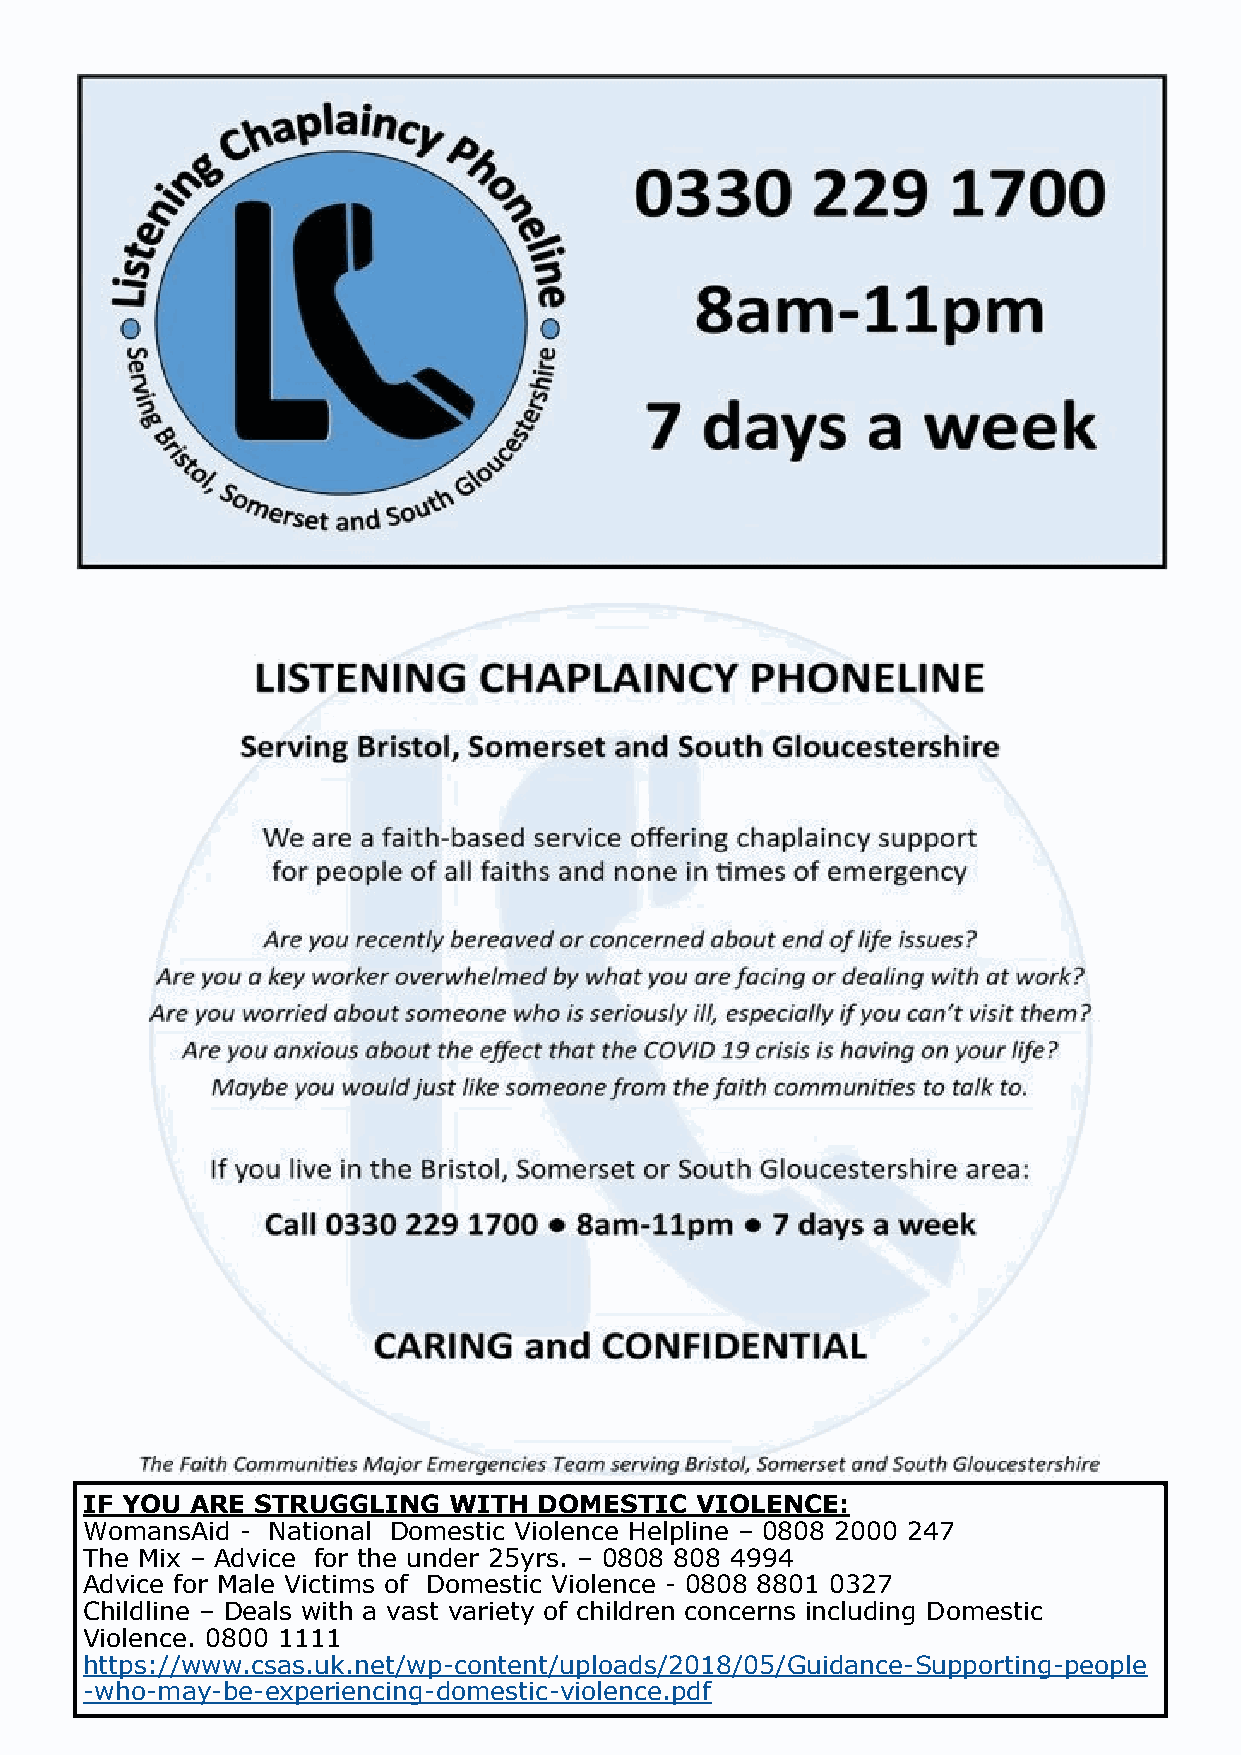
IF YOU  ARE STRUGGLING   WITH  DOMESTIC  VIOLENCE:
 WomansAid  - National Domestic Violence Helpline – 0808 2000 247
 The Mix – Advice for the under 25yrs. – 0808 808 4994
 Advice for Male Victims of Domestic Violence - 0808 8801 0327
 Childline – Deals with a vast variety of children concerns including Domestic
 Violence. 0800 1111
 https://www.csas.uk.net/wp-content/uploads/2018/05/Guidance-Supporting-people
 -who-may-be-experiencing-domestic-violence.pdf